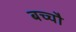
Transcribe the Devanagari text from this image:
बच्चौ